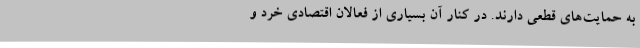
به حمایت‌های قطعی دارند. در کنار آن بسیاری از فعالان اقتصادی خرد و